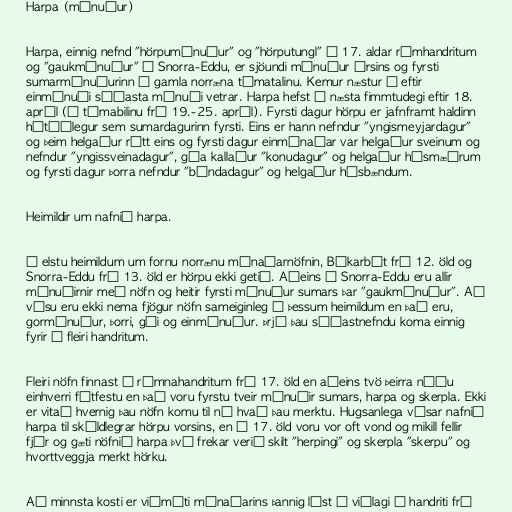
Harpa (mánuður)

Harpa, einnig nefnd "hörpumánuður" og "hörputungl" í 17. aldar rímhandritum
og "gaukmánuður" í Snorra-Eddu, er sjöundi mánuður ársins og fyrsti
sumarmánuðurinn í gamla norræna tímatalinu. Kemur næstur á eftir
einmánuði síðasta mánuði vetrar. Harpa hefst á næsta fimmtudegi eftir 18.
apríl (á tímabilinu frá 19.-25. apríl). Fyrsti dagur hörpu er jafnframt haldinn
hátíðlegur sem sumardagurinn fyrsti. Eins er hann nefndur "yngismeyjardagur"
og þeim helgaður rétt eins og fyrsti dagur einmánaðar var helgaður sveinum og
nefndur "yngissveinadagur", góa kallaður "konudagur" og helgaður húsmæðrum
og fyrsti dagur þorra nefndur "bóndadagur" og helgaður húsbændum.

Heimildir um nafnið harpa.

Í elstu heimildum um fornu norrænu mánaðarnöfnin, Bókarbót frá 12. öld og
Snorra-Eddu frá 13. öld er hörpu ekki getið. Aðeins í Snorra-Eddu eru allir
mánuðirnir með nöfn og heitir fyrsti mánuður sumars þar "gaukmánuður". Að
vísu eru ekki nema fjögur nöfn sameiginleg í þessum heimildum en það eru,
gormánuður, þorri, gói og einmánuður. Þrjú þau síðastnefndu koma einnig
fyrir í fleiri handritum.

Fleiri nöfn finnast í rímnahandritum frá 17. öld en aðeins tvö þeirra náðu
einhverri fótfestu en það voru fyrstu tveir mánuðir sumars, harpa og skerpla. Ekki
er vitað hvernig þau nöfn komu til né hvað þau merktu. Hugsanlega vísar nafnið
harpa til skáldlegrar hörpu vorsins, en á 17. öld voru vor oft vond og mikill fellir
fjár og gæti nöfnið harpa því frekar verið skilt "herpingi" og skerpla "skerpu" og
hvorttveggja merkt hörku.

Að minnsta kosti er viðmóti mánaðarins þannig lýst í viðlagi í handriti frá